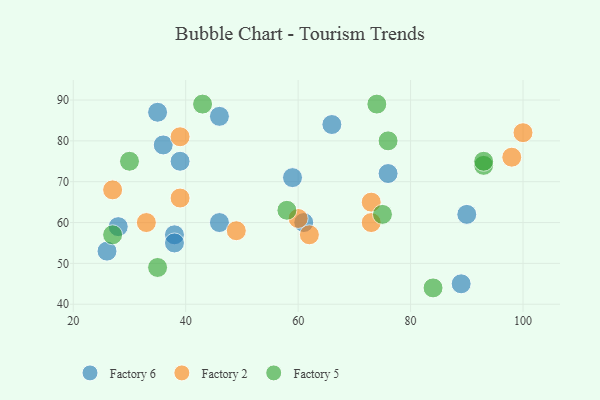
{"axis": {"x": "GDP", "y": "Life Expectancy"}, "legend": ["Factory 2", "Factory 5", "Factory 6"], "data": [{"x": "61", "y": 60, "type": "Factory 6"}, {"x": "59", "y": 71, "type": "Factory 6"}, {"x": "39", "y": 75, "type": "Factory 6"}, {"x": "38", "y": 57, "type": "Factory 6"}, {"x": "89", "y": 45, "type": "Factory 6"}, {"x": "46", "y": 60, "type": "Factory 6"}, {"x": "90", "y": 62, "type": "Factory 6"}, {"x": "38", "y": 55, "type": "Factory 6"}, {"x": "28", "y": 59, "type": "Factory 6"}, {"x": "46", "y": 86, "type": "Factory 6"}, {"x": "36", "y": 79, "type": "Factory 6"}, {"x": "66", "y": 84, "type": "Factory 6"}, {"x": "35", "y": 87, "type": "Factory 6"}, {"x": "26", "y": 53, "type": "Factory 6"}, {"x": "76", "y": 72, "type": "Factory 6"}, {"x": "60", "y": 61, "type": "Factory 2"}, {"x": "73", "y": 60, "type": "Factory 2"}, {"x": "39", "y": 81, "type": "Factory 2"}, {"x": "39", "y": 66, "type": "Factory 2"}, {"x": "98", "y": 76, "type": "Factory 2"}, {"x": "49", "y": 58, "type": "Factory 2"}, {"x": "73", "y": 65, "type": "Factory 2"}, {"x": "62", "y": 57, "type": "Factory 2"}, {"x": "100", "y": 82, "type": "Factory 2"}, {"x": "33", "y": 60, "type": "Factory 2"}, {"x": "27", "y": 68, "type": "Factory 2"}, {"x": "74", "y": 89, "type": "Factory 5"}, {"x": "43", "y": 89, "type": "Factory 5"}, {"x": "84", "y": 44, "type": "Factory 5"}, {"x": "75", "y": 62, "type": "Factory 5"}, {"x": "76", "y": 80, "type": "Factory 5"}, {"x": "93", "y": 74, "type": "Factory 5"}, {"x": "30", "y": 75, "type": "Factory 5"}, {"x": "58", "y": 63, "type": "Factory 5"}, {"x": "27", "y": 57, "type": "Factory 5"}, {"x": "93", "y": 75, "type": "Factory 5"}, {"x": "35", "y": 49, "type": "Factory 5"}]}